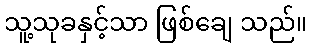
သူ့သုခနှင့်သာ ဖြစ်ချေ သည်။